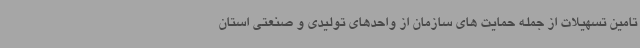
تامین تسهیلات از جمله حمایت های سازمان از واحدهای تولیدی و صنعتی استان